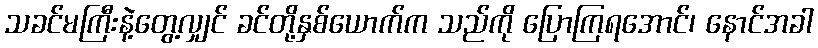
သခင်မကြီးနဲ့တွေ့လျှင် ခင်တို့နှစ်ယောက်က သည်ကို ပြောကြရအောင်၊ နောင်အခါ